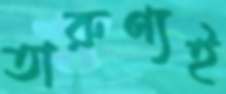
তারুণ্যই